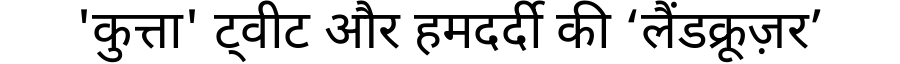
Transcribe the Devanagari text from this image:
'कुत्ता' ट्वीट और हमदर्दी की ‘लैंडक्रूज़र’